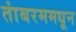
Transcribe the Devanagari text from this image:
तांबरममधून